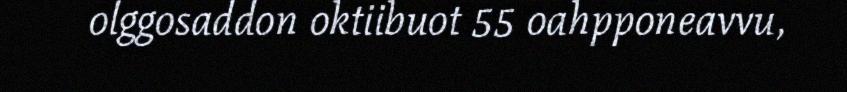
olggosaddon oktiibuot 55 oahpponeavvu,